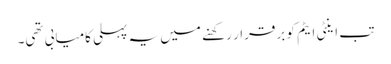
تب اینٹی ایٹم کو برقرار رکھنے میں یہ پہلی کامیابی تھی۔